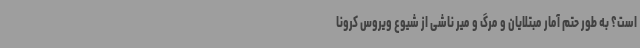
است؟ به طور حتم آمار مبتلایان و مرگ و میر ناشی از شیوع ویروس کرونا